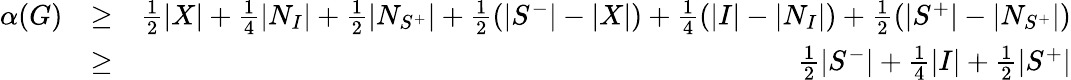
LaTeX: \begin{array}{rlr}{\alpha(G)}&{\ge}&{\frac 12|X|+\frac 14|N_{I}|+\frac 12|N_{S^{+}}|+\frac 12(|S^{-}|-|X|)+\frac 14(|I|-|N_{I}|)+\frac 12(|S^{+}|-|N_{S^{+}}|)}\\ &{\ge}&{\frac 12|S^{-}|+\frac 14|I|+\frac 12|S^{+}|}\end{array}